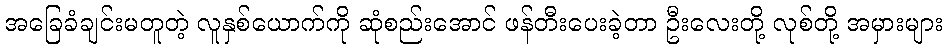
အခြေခံချင်းမတူတဲ့ လူနှစ်ယောက်ကို ဆုံစည်းအောင် ဖန်တီးပေးခဲ့တာ ဦးလေးတို့ လုစ်တို့ အမှားများ